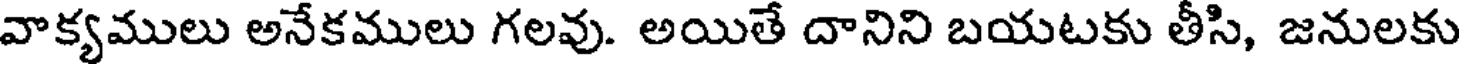
వాక్యములు అనేకములు గలవు. అయితే దానిని బయటకు తీసి, జనులకు